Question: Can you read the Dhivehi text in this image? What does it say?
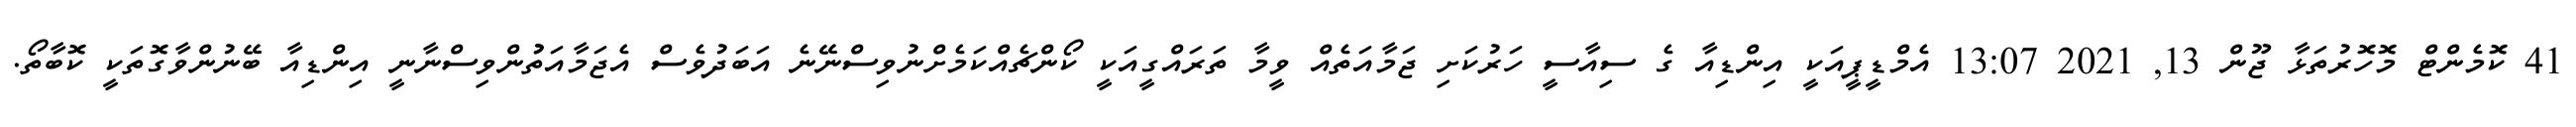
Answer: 41 ކޮމެންޓް މޮހޮރުތަޅާ ޖޫން 13, 2021 13:07 އެމްޑީޕީއަކީ އިންޑިއާ ގެ ސިއާސީ ހަރުކަށި ޖަމާއަތެއް ވީމާ ތަރައްގީއަކީ ކޯންޗެއްކަމެށްނުވިސްނޭނެ އަބަދުވެސް އެޖަމާއަތުުންވިސްނާނީ އިންޑިއާ ބޭނުންވާގޮތަކީ ކޮބާތޯ.